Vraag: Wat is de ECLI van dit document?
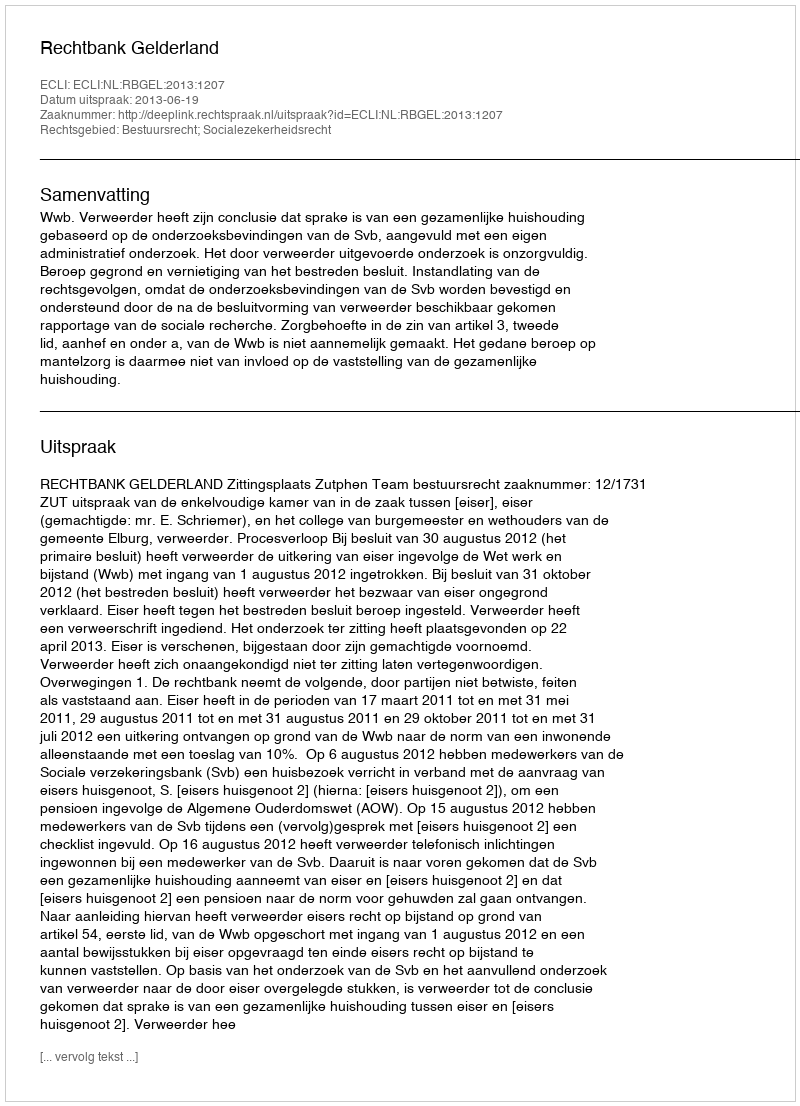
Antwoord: ECLI:NL:RBGEL:2013:1207